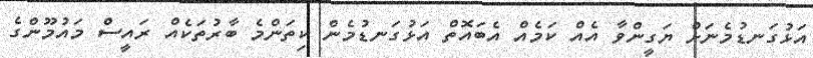
އަޅުގަނޑުމެނަށް ޔަގީންވާ އެއް ކަމެއް އެބައޮތް އަޅުގަނޑުމެން ކިތަންމެ ބާރުތަކެއް ރައީސް މައުމޫންގެ